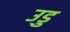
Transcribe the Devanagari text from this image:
उडु